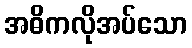
အဓိကလိုအပ်သော